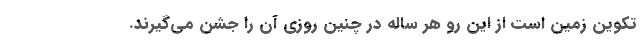
تکوین زمین است از این رو هر ساله در چنین روزی آن را جشن می‌گیرند.